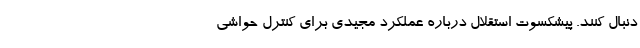
دنبال کنند. پیشکسوت استقلال درباره عملکرد مجیدی برای کنترل حواشی